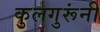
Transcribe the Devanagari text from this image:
कुलगुरूंनी